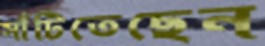
সাঁটিতেছেন